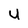
Character: U